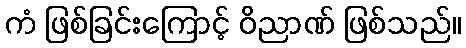
ကံ ဖြစ်ခြင်းကြောင့် ဝိညာဏ် ဖြစ်သည်။